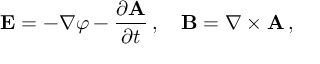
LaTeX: \mathbf { E } = - \nabla \varphi - { \frac { \partial \mathbf { A } } { \partial t } } \, , \quad \mathbf { B } = \nabla \times \mathbf { A } \, ,